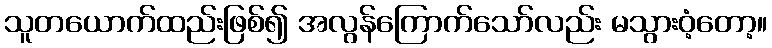
သူတယောက်ထည်းဖြစ်၍ အလွန်ကြောက်သော်လည်း မသွားဝံ့တော့။